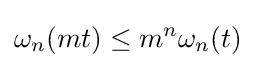
\omega _{n}(mt)\leq m^{n}\omega _{n}(t)